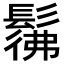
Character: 𩭬